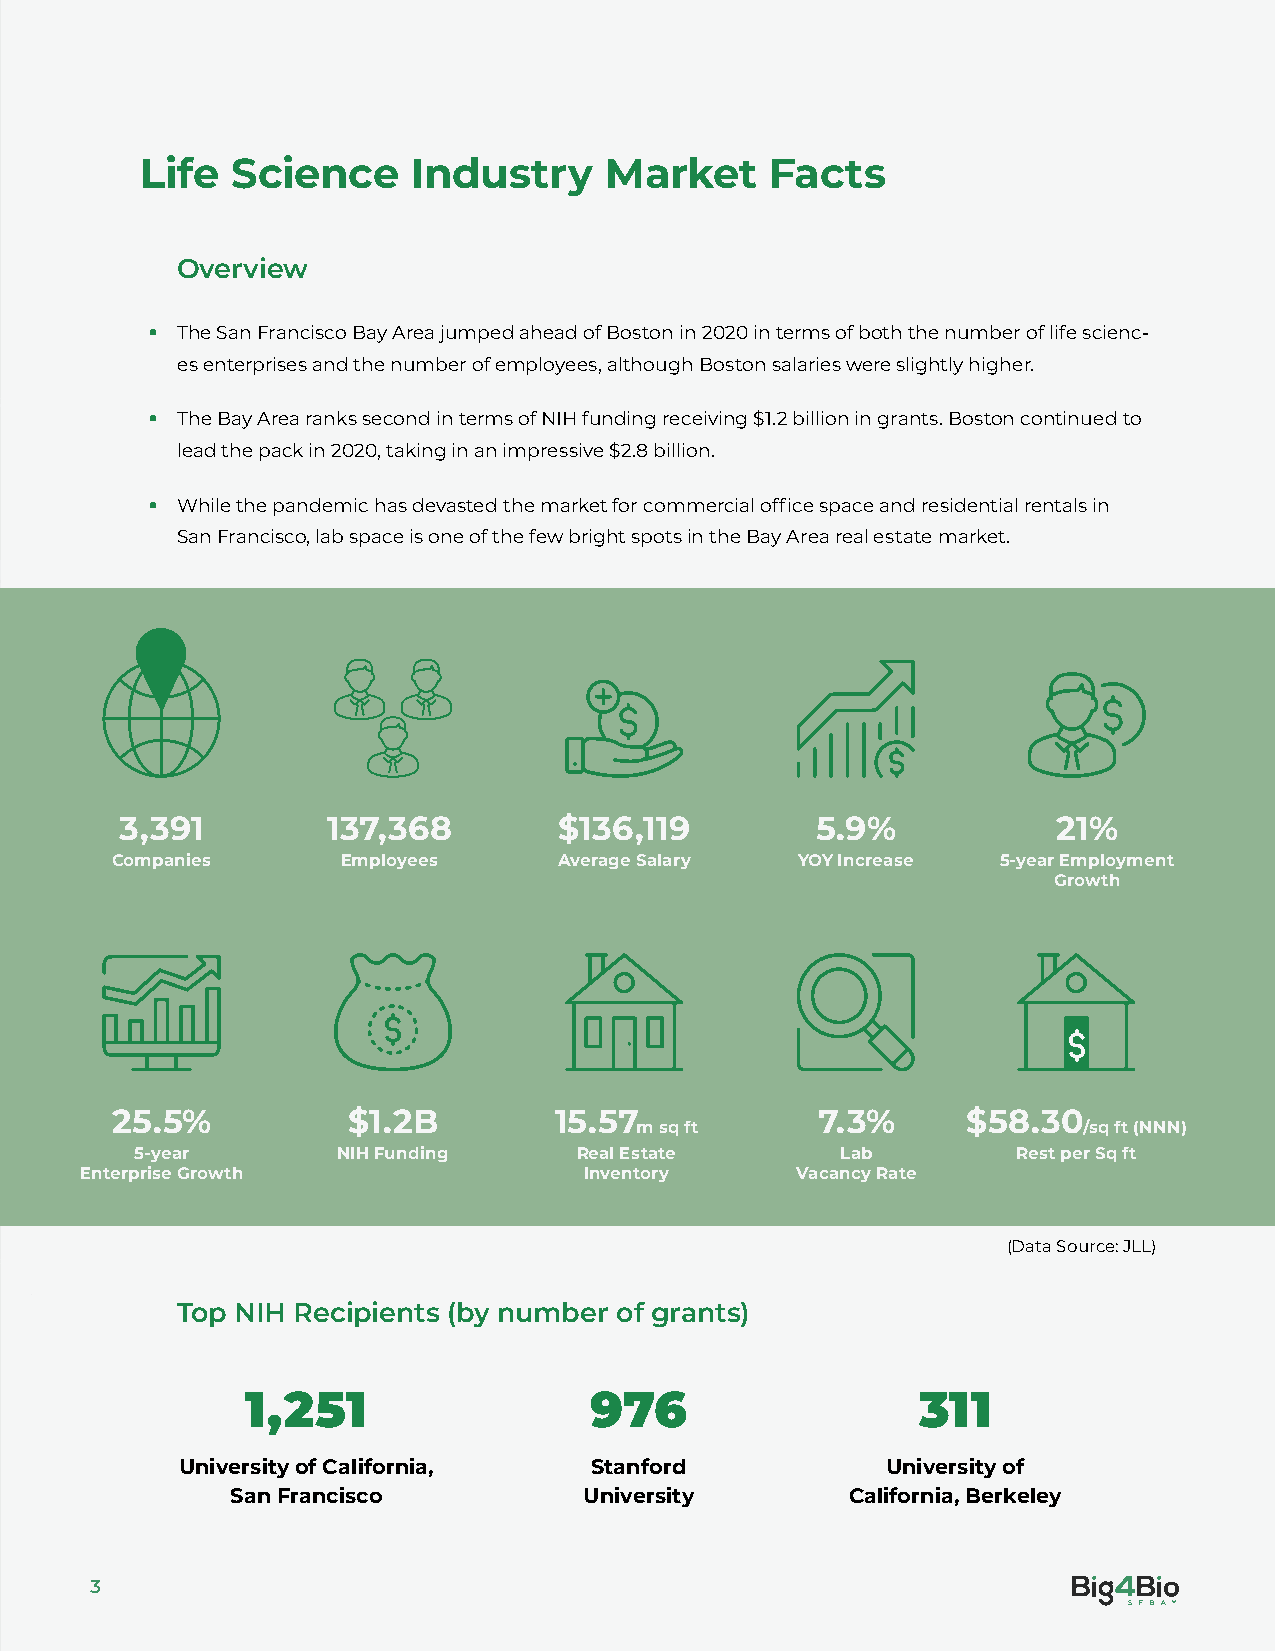
Life  Science     Industry     Market     Facts
 Overview
 • The San Francisco Bay Area jumped ahead of Boston in 2020 in terms of both the number of life scienc-
 es enterprises and the number of employees, although Boston salaries were slightly higher.
 • The Bay Area ranks second in terms of NIH funding receiving $1.2 billion in grants. Boston continued to
 lead the pack in 2020, taking in an impressive $2.8 billion.
 • While the pandemic has devasted the market for commercial office space and residential rentals in
 San Francisco, lab space is one of the few bright spots in the Bay Area real estate market.
 3,391         137,368        $136,119         5.9%            21%
 Companies       Employees     Average Salary  YOY Increase 5-year Employment
 Growth
 25.5%           $1.2B         15.57            7.3%      $58.30
 m sq ft                       /sq ft (NNN)
 5-year       NIH Funding     Real Estate       Lab        Rest per Sq ft
 Enterprise Growth                 Inventory     Vacancy Rate
 (Data Source: JLL)
 Top NIH Recipients (by number of grants)
 1,251                  976                   311
 University of California,  Stanford            University of
 San Francisco           University       California, Berkeley
 3